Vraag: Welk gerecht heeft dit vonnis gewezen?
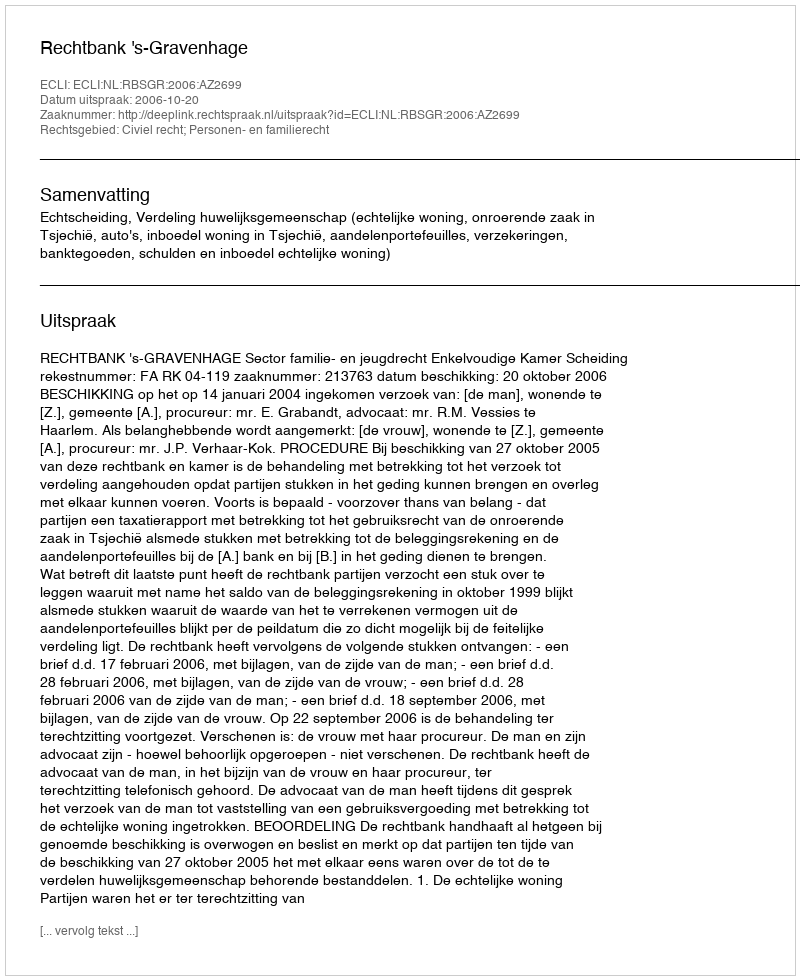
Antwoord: Rechtbank 's-Gravenhage